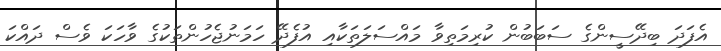
އެފަދަ ބިދޭސީންގެ ސަބަބުން ކުރިމަތިވާ މައްސަލަތަކާއި އުފެދޭ ހަމަނުޖެހުންތަކުގެ ވާހަކަ ވެސް ދައްކަ